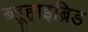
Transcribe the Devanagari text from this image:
ब्लूहाइब्रिड